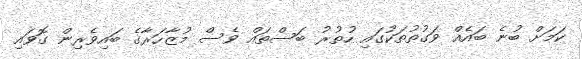
ކަމަށް ބުނެ ބައެއް ވަގުތުތަކުގައި ހުތުރު ބަސްތައް ވެސް މުޒާހަރާގެ ބައިވެރިން ގޮވައި